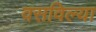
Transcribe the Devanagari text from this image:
वसविल्या